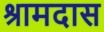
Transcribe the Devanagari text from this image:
श्रामदास